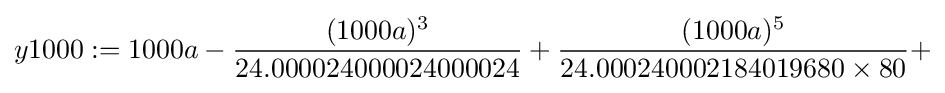
y1000:=1000a-{\frac {(1000a)^{3}}{24.000024000024000024}}+{\frac {(1000a)^{5}}{24.000240002184019680\times 80}}+